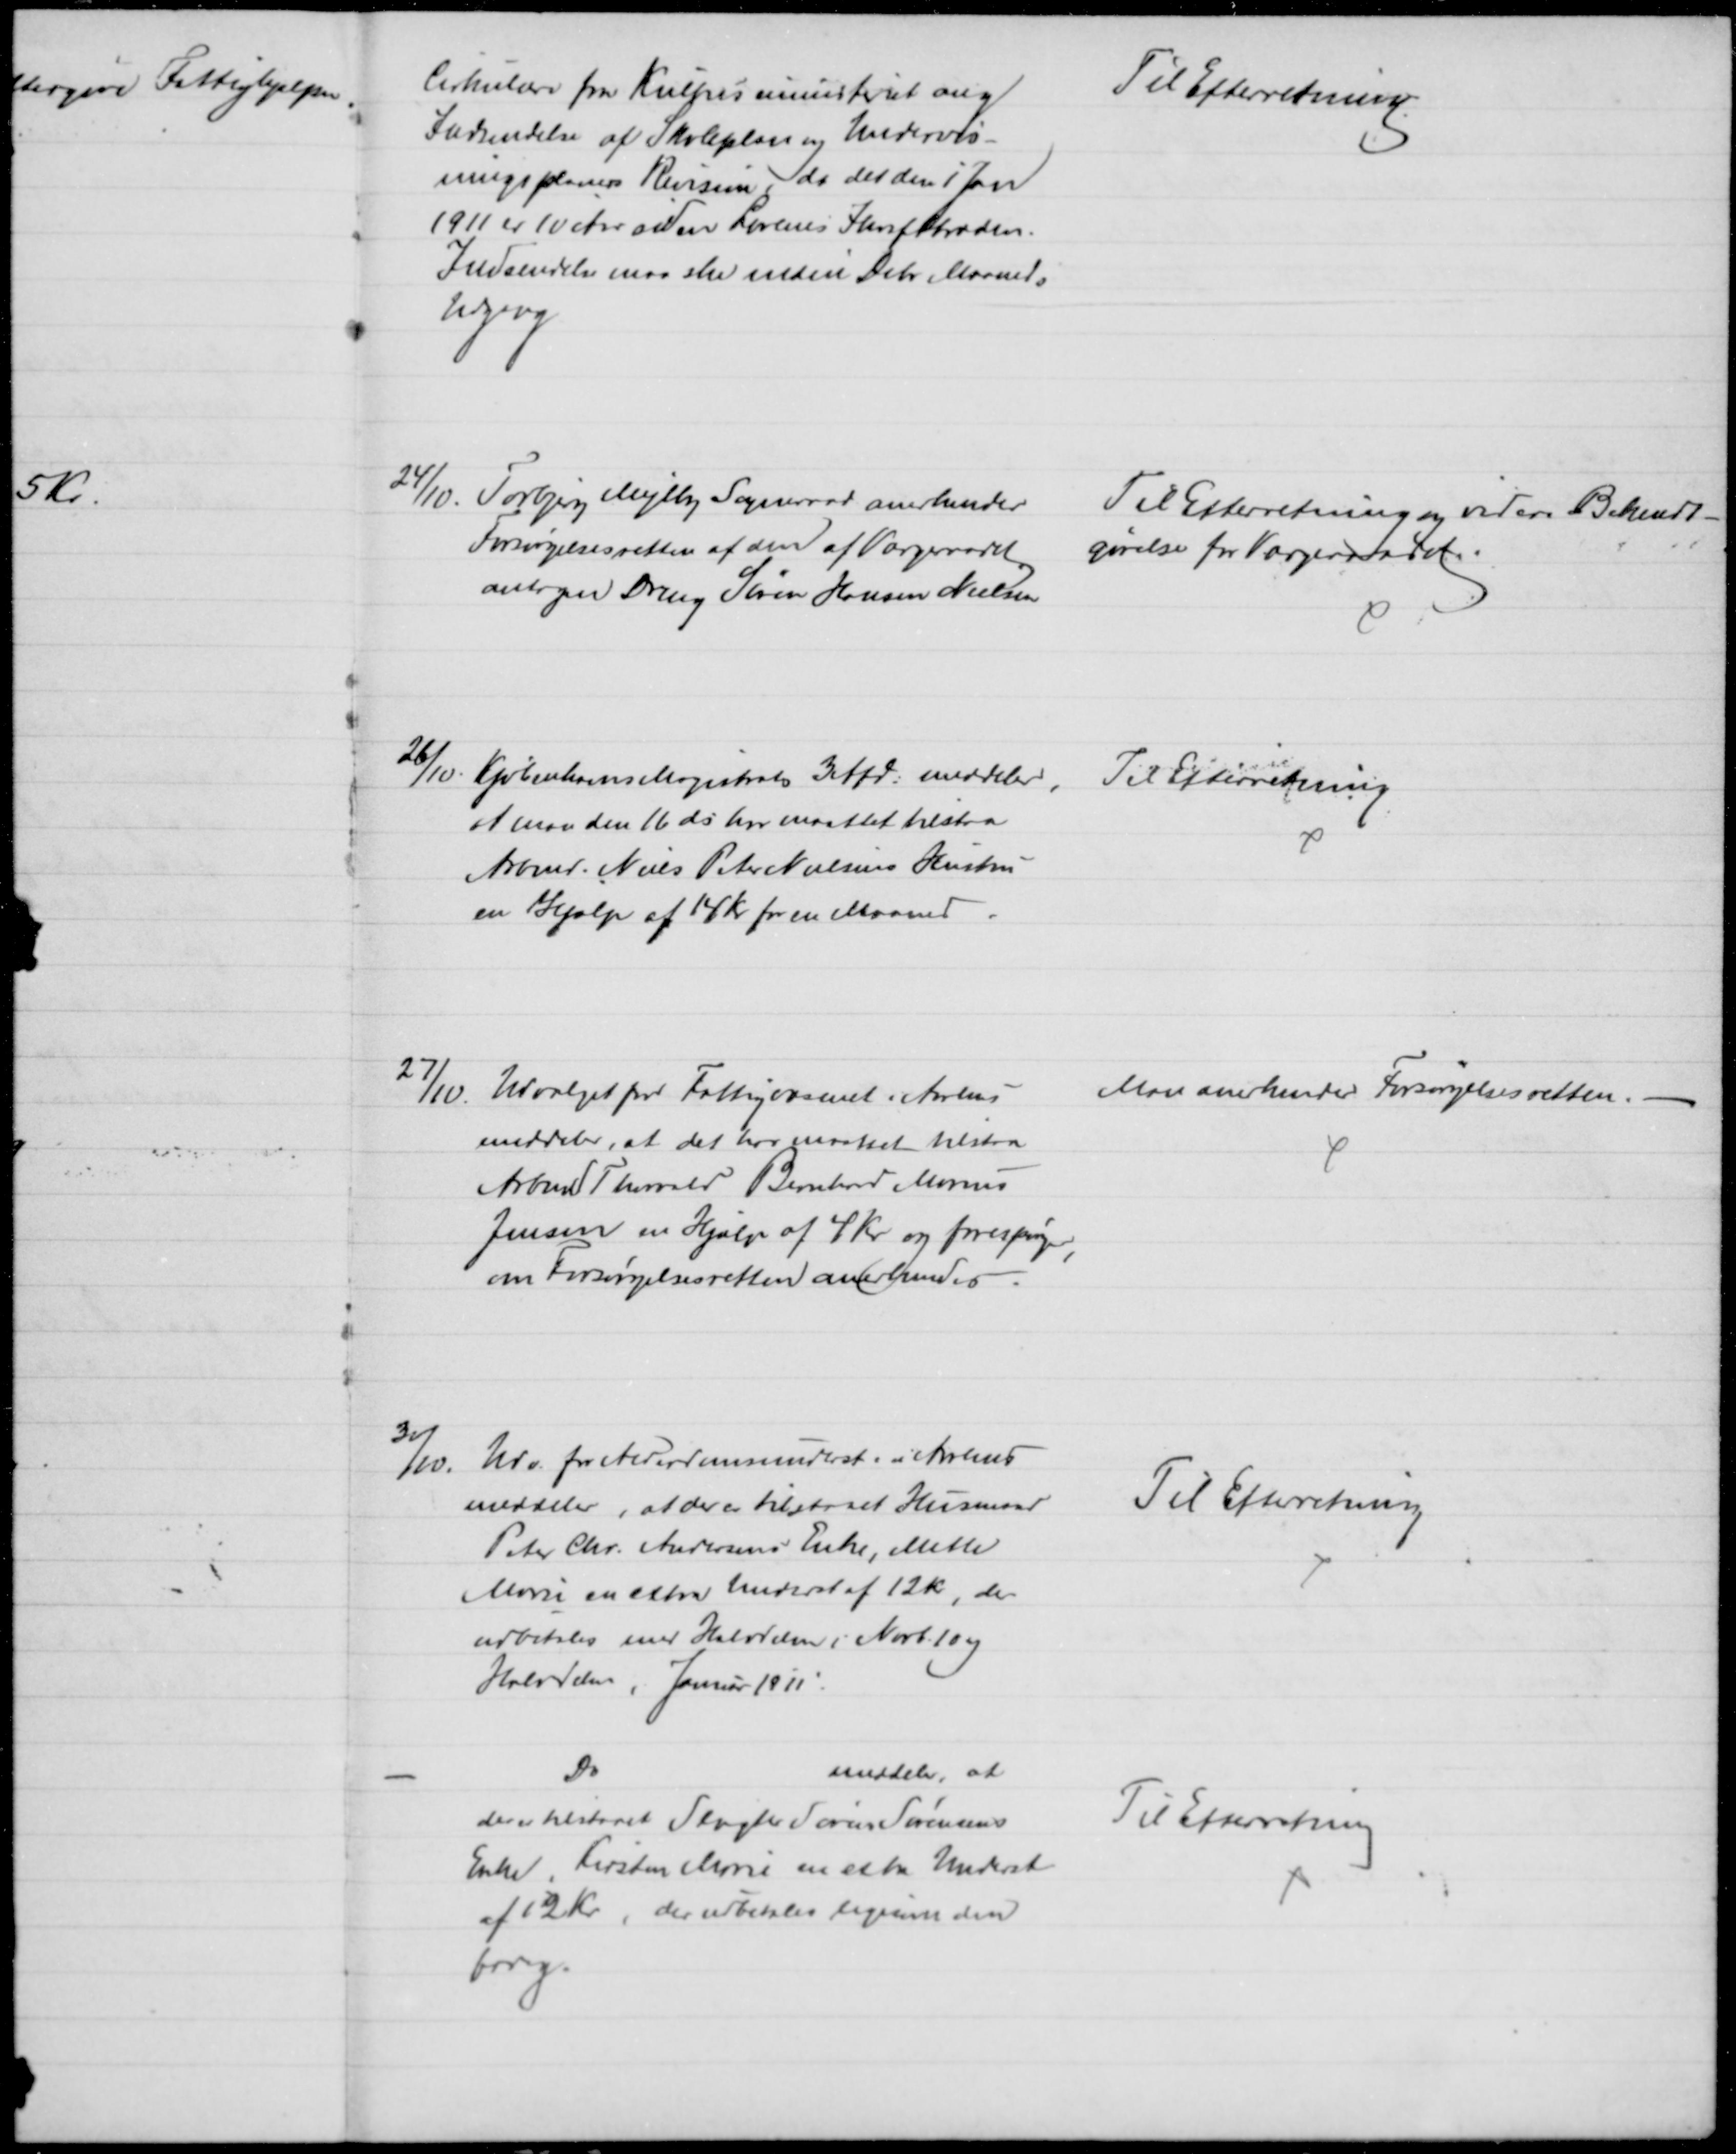
Transskription:
Cirkulære fra Kulturministeriet ang
Indsendelse af Skoleplan og Undervis-
ningsplaners Revision, da det den 1 Jan
1911 er 10 Aar siden Lovens Ikrafttræden.
Indsendelse maa ske inden Debr Maaneds
Udgang
Til Efterretning.
24/10. Todbjerg Mejlby Sogneraad anerkender
Forsørgelsesretten af den af Værgeraadet
antagne Dreng Søren Hansen Nielsen
Til Efterretning og videre Bekendt-
gørelse for Værgeraadet.
26/10. Kjøbenhavns Magistrats 3 Afd: meddeler,
at man den 16 ds har maattet tilstaa
Arbmd. Niels Peter Nielsens Hustru
en Hjælp af 14 Kr for en Maaned
Til Efterretning
27/10. Udvalget for Fattigvæsenet i Aarhus
meddeler, at det har maattet tilstaa
Arbmd. Thorvald Bernhard Marius
Jensen en Hjælp af 4 Kr og forespørger
,
om Forsørgelsesretten anerkendes
Man anerkende Forsørgelsesretten.
30/10.
Udv. for Alderdomsunderst. i Aarhus
meddeler, at der er tilstaaet Husmand
Peter Chr. Andersens Enke, Mette
Marie en extra Underst af 12 Kr, der
udbetales med Halvdelen i Novb. 10 og
Halvdelen, Januar 1911
Til Efterretning
Do
meddeler, at
der er tilstaaet Slagter Søren Sørensens
Enke, Kirsten Marie en extra Underst
af 12 Kr, der udbetales ligesom den
forig.
Til Efterretning